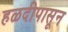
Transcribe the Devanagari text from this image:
हळदीपासून